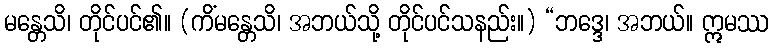
မန္တေသိ၊ တိုင်ပင်၏။ (ကိံမန္တေသိ၊ အဘယ်သို့ တိုင်ပင်သနည်း။) “ဘဒ္ဒေ၊ အဘယ်။ ဣမဿ